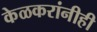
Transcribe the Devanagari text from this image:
केळकरांनीही